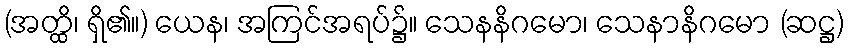
(အတ္ထိ၊ ရှိ၏။) ယေန၊ အကြင်အရပ်၌။ သေနနိဂမော၊ သေနာနိဂမော (ဆဋ္ဌ)